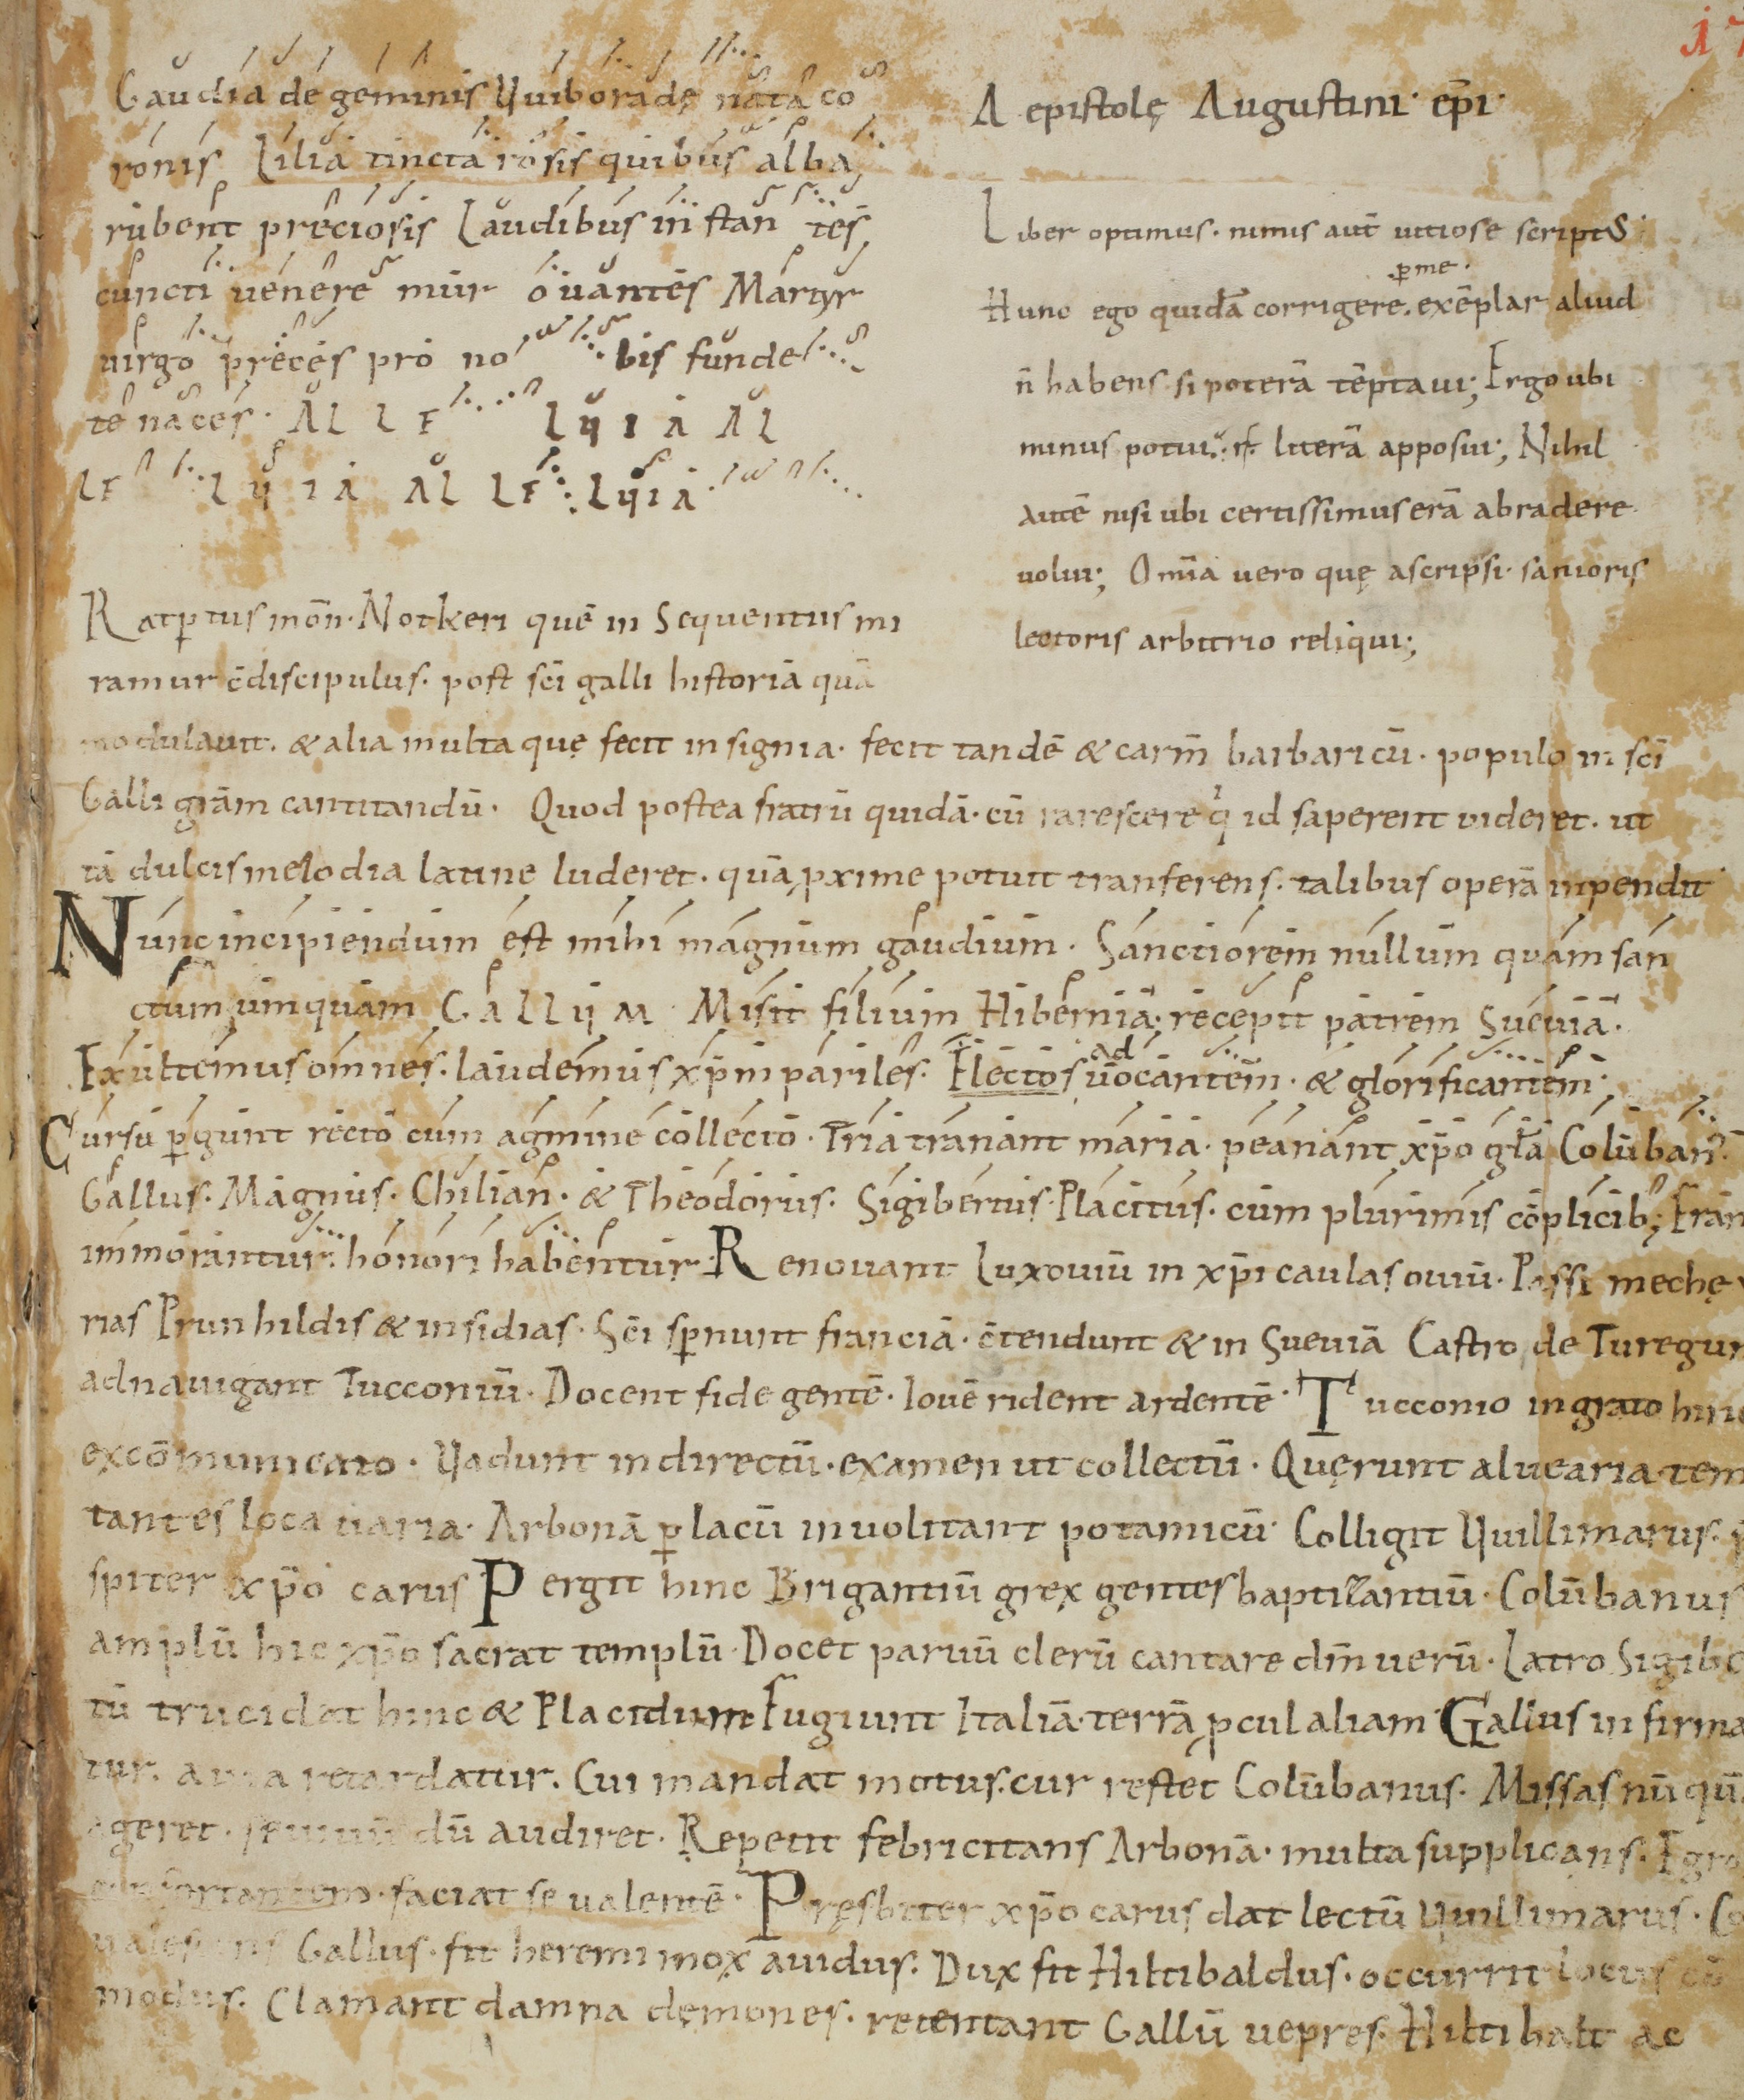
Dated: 800–899